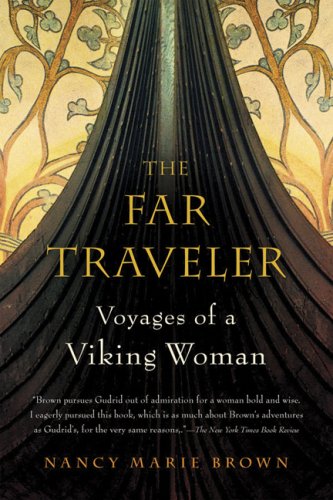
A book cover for The Far Traveler: Voyages of a Viking Woman; Nancy Marie Brown; History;